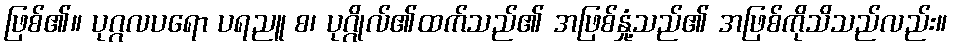
ဖြစ်၏။ ပုဂ္ဂလပရော ပရညူ စ၊ ပုဂ္ဂိုလ်၏ထက်သည်၏ အဖြစ်နှုံ့သည်၏ အဖြစ်ကိုသိသည်လည်း။